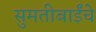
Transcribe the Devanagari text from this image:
सुमतीबाईंचे